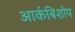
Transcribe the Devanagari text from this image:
आर्कबिशोप